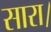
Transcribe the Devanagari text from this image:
सारा।